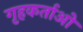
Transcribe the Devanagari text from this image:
गृहकर्ताओ